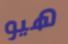
هيو